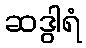
ဆဒွါရံ